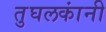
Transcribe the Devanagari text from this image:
तुघलकांनी